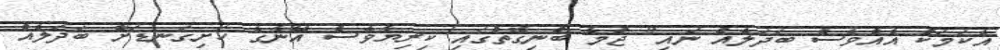
އެކަމަކު އެއްވެސް ބަދަލެއް ނައި" ޖުމާ ބުނިގޮތުގައި ކިރިޔާވެސް އޭނާގެ ހަށިގަނޑަށް ބަދަލެއް